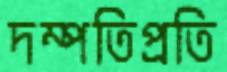
দম্পতিপ্রতি